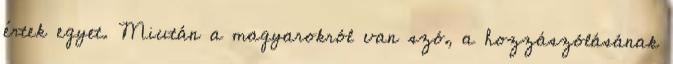
értek egyet. Miután a magyarokról van szó, a hozzászólásának